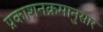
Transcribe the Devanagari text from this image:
प्रकाशनक्रमानुसार